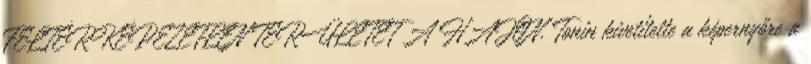
FELTÉRKÉPEZETLEN TERÜLETET A HAJÓN. Tonin kivetítette a képernyőre a